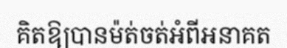
គិតឱ្យបានម៉ត់ចត់អំពីអនាគត